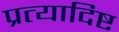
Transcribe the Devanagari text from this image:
प्रत्यादिष्ट